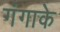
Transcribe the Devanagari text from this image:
गंगाके